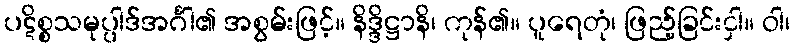
ပဋိစ္စသမုပ္ပါဒ်အင်္ဂါ၏ အစွမ်းဖြင့်။ နိဒ္ဒိဋ္ဌာနိ၊ ကုန်၏။ ပူရေတုံ၊ ဖြည့်ခြင်းငှါ။ ဝါ၊